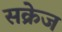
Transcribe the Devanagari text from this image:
सक्रेज